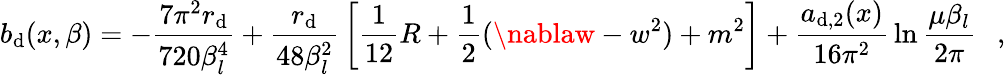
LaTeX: b_{\mathrm{d}}(x,\beta)=-{\frac{{7\pi^{2}r_{\mathrm{d}}}}{{720\beta_{l}^{4}}}}+{\frac{{r_{\mathrm{d}}}}{{48\beta_{l}^{2}}}}\left[{\frac{{1}}{{12}}}R+\frac{1}{2}(\nablaw-w^{2})+m^{2}\right]+{\frac{{a_{\mathrm{d},2}(x)}}{{16\pi^{2}}}}\ln{\frac{{\mu\beta_{l}}}{{2\pi}}}~~~,